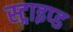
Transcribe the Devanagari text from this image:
स्ट्राइप्ड